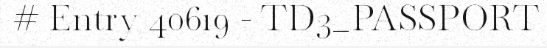
# Entry 40619 - TD3_PASSPORT